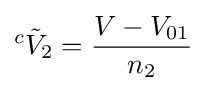
{}^{c}{\tilde {V}}_{2}={\frac {V-V_{01}}{n_{2}}}